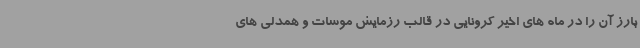
بارز آن را در ماه های اخیر کرونایی در قالب رزمایش موسات و همدلی های